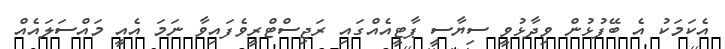
އެކަމަކު އެ ބޭފުޅުން ވިދާޅުވީ ސިޔާސީ ޕާޓީއެއްގައި ރަޖިސްޓްރީވެފައިވާ ނަމަ އެއީ މައްސަލައެއް